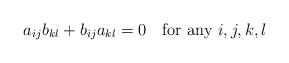
\begin{align*}a_{ij}b_{kl}+b_{ij}a_{kl}=0 \quad \mbox{for any} \ i,j,k,l \end{align*}